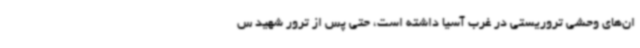
ان‌های وحشی تروریستی در غرب آسیا داشته است، حتی پس از ترور شهید س